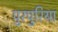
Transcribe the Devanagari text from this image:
पुरपुरिया